331_120752_Numeric_Files_1944–1945_37153_German_Armament_Equipment_Documents
Agency: Department of War
Incident date: 3/18/45
Incident location: Germany
Page 16
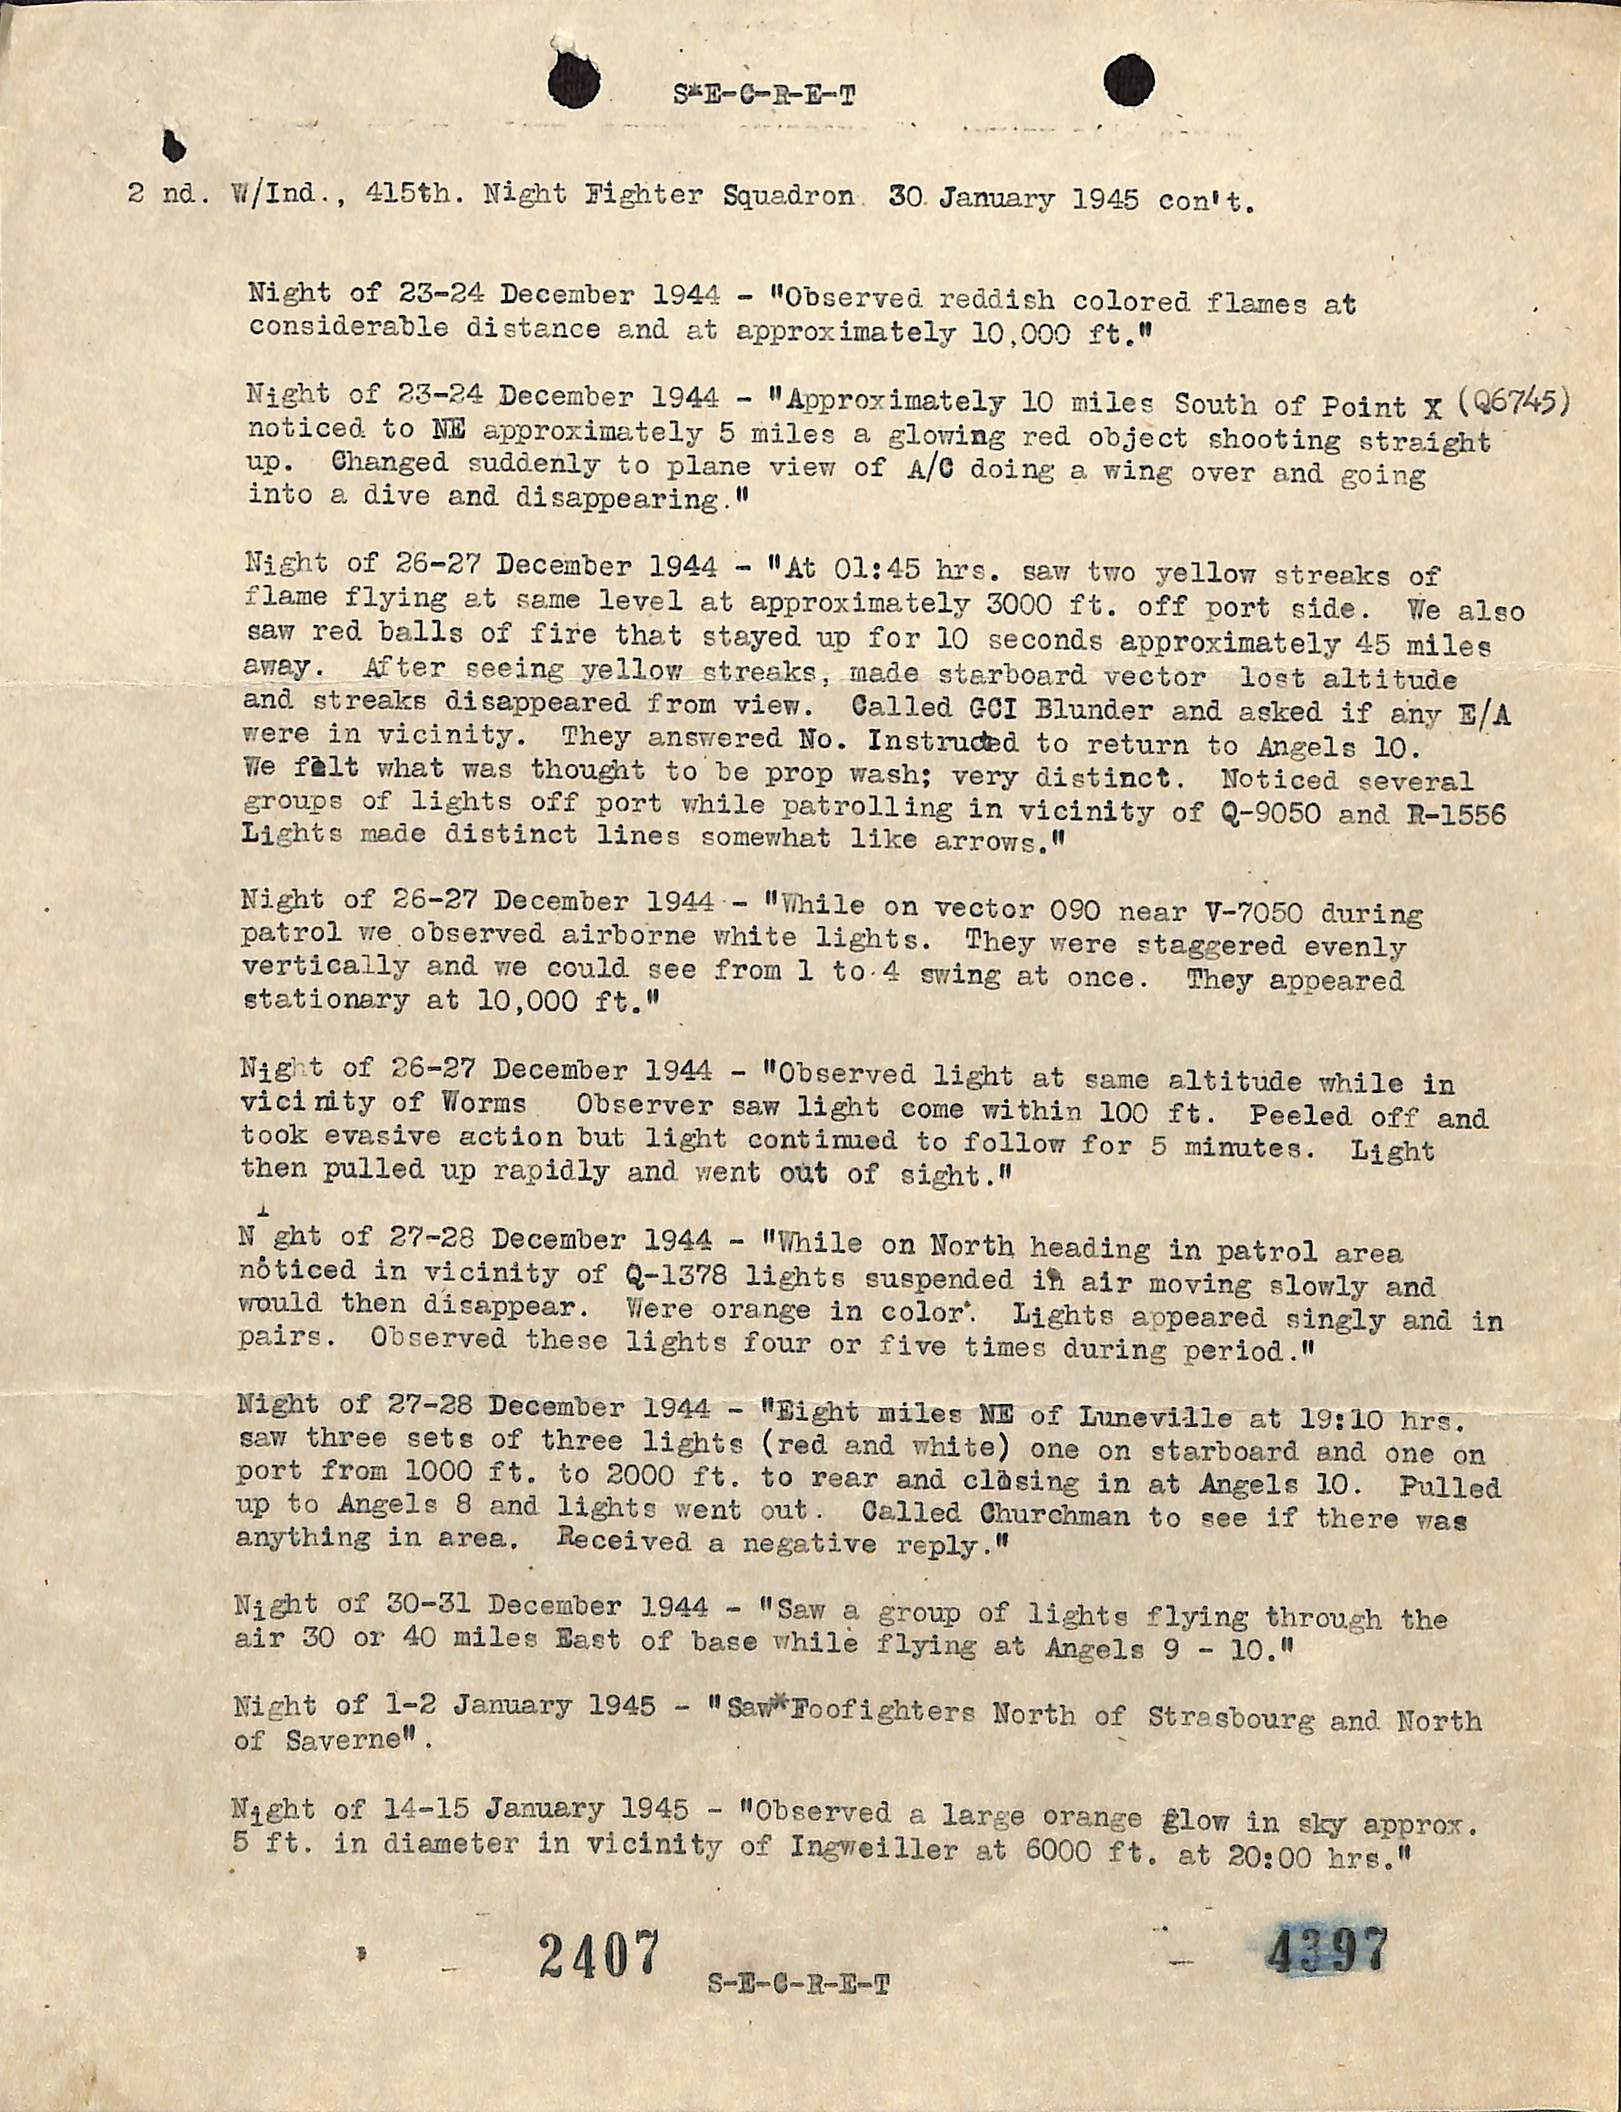